Statistics compiled by the Government of India from the reports of provincial Civil Veterinary Departments
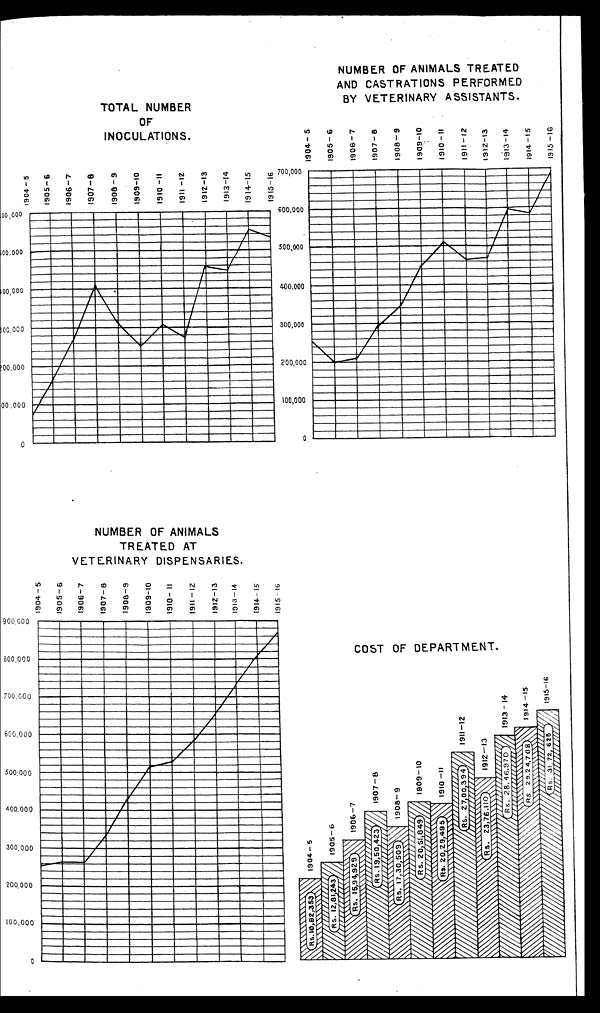
TOTAL NUMBER
OF
INOCULATIONS.
NUMBER OF ANIMALS TREATED
AND CASTRATIONS PERFORMED
BY VETERINARY ASSISTANTS.
NUMBER OF ANIMALS
TREATED AT
VETERINARY DISPENSARIES.
COST OF DEPARTMENT.